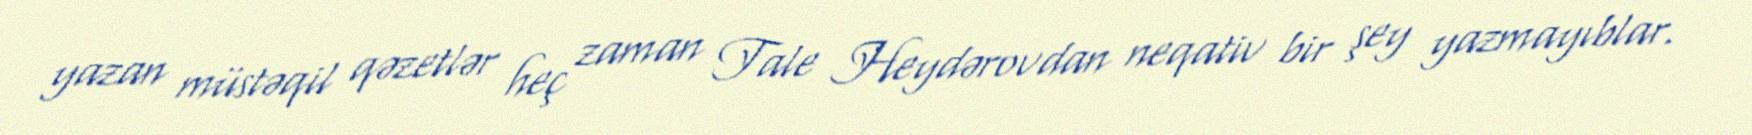
yazan müstəqil qəzetlər heç zaman Tale Heydərovdan neqativ bir şey yazmayıblar.